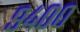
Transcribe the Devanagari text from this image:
९४००